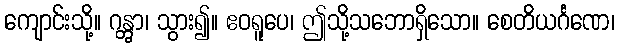
ကျောင်းသို့။ ဂန္တွာ၊ သွား၍။ ဧဝရူပေ၊ ဤသို့သဘောရှိသော။ စေတိယင်္ဂဏေ၊